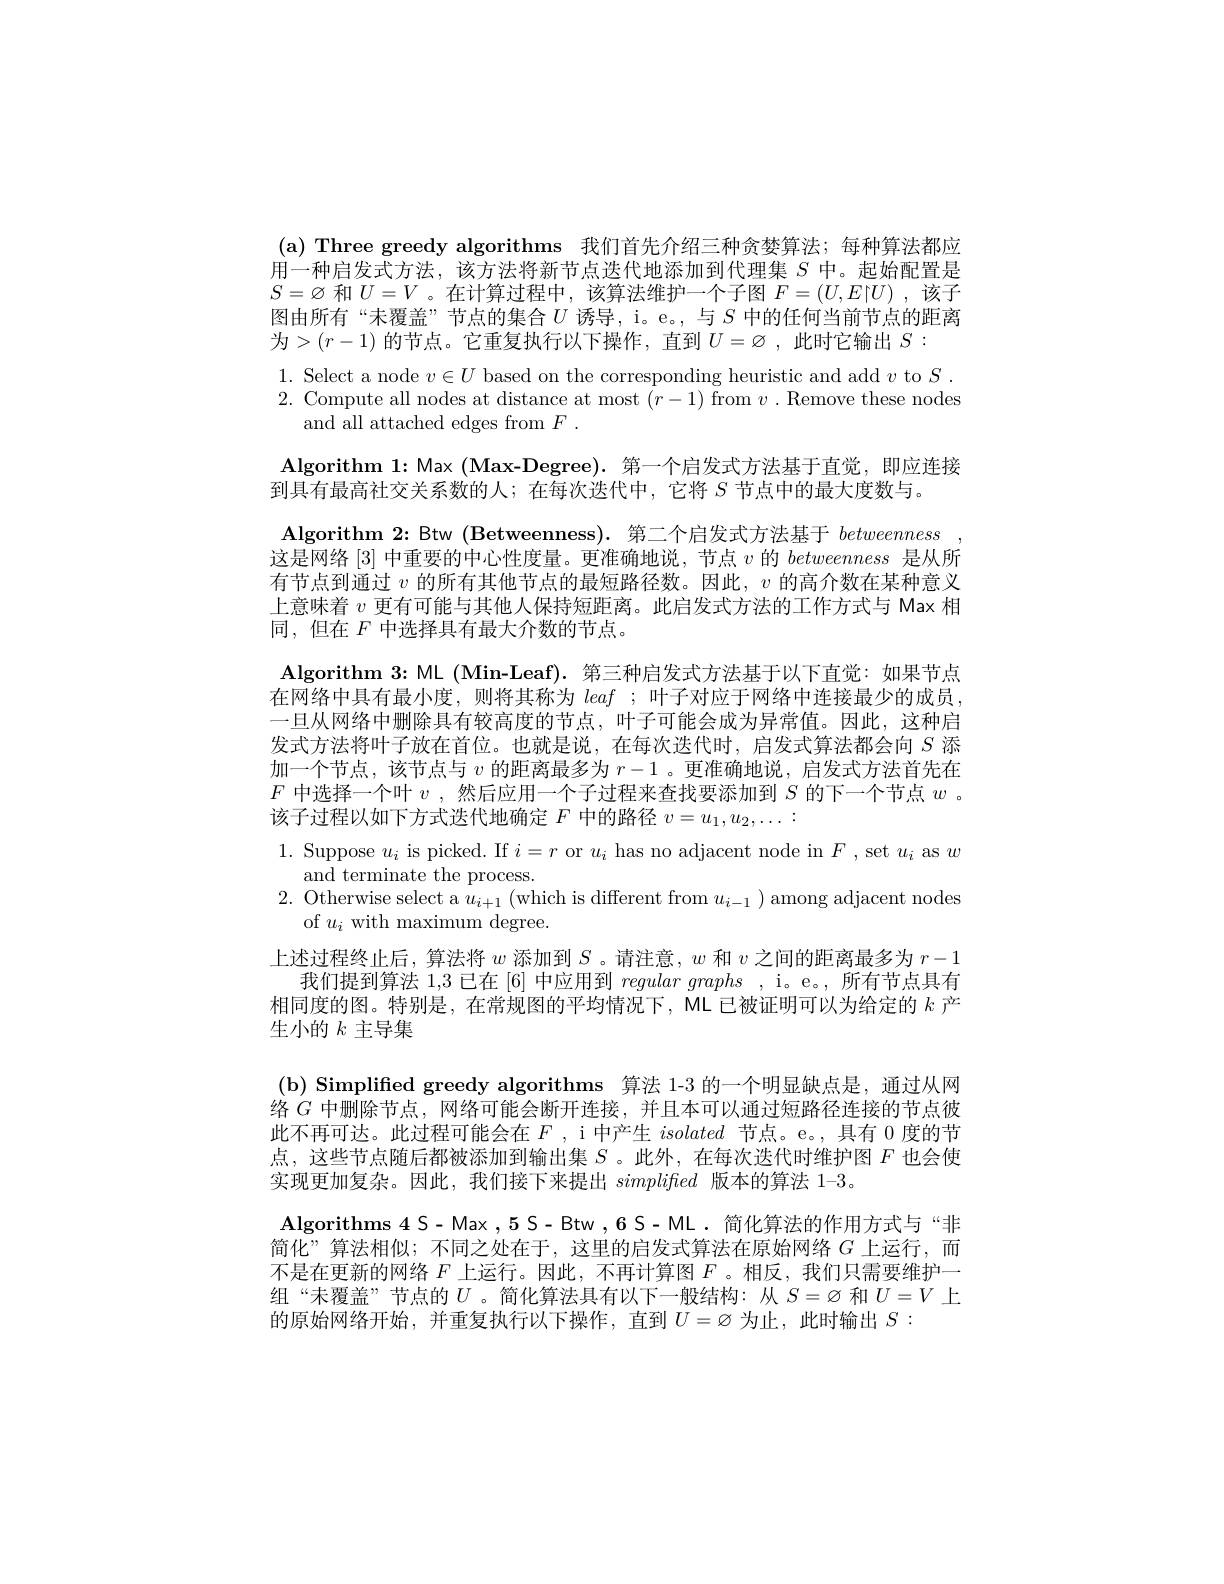
(a)Three greedy algorithms 我们首先介绍三种贪婪算法；每种算法都应用一种启发式方法，该方法将新节点迭代地添加到代理集$S$中。起始配置是$S=\varnothing$和$U=V$ 。在计算过程中，该算法维护一个子图$F=(U,E|U)$ ,该子图由所有“未覆盖”节点的集合$U$诱导，i。e。,与$S$中的任何当前节点的距离为$>(r-1)$的节点。它重复执行以下操作，直到$U=\varnothing$,此时它输出$S:$
$\begin{array}{l}{1.~\mathrm{Select~a~node~}v\in U~\mathrm{based~on~the~corresponding~heuristic~and~add~}v~\mathrm{to~}S.}\\{2.~\mathrm{Compute~all~nodes~at~distance~at~most~}(r-1)~\mathrm{from~}v~.~\mathrm{Remove~these~nodes}}\end{array}$
and all attached edges from $F.$
Algorithm 1: Max (Max-Degree). 第一个启发式方法基于直觉，即应连接
到具有最高社交关系数的人；在每次迭代中，它将$S$节点中的最大度数与。
Algorithm 2: Btw (Betweenness).第二个启发式方法基于betweenness
这是网络[3]中重要的中心性度量。更准确地说，节点$v$的betweenness是从所有节点到通过$v$的所有其他节点的最短路径数。因此，$v$的高介数在某种意义上意味着$v$更有可能与其他人保持短距离。此启发式方法的工作方式与 Max 相同，但在$F$中选择具有最大介数的节点。
Algorithm 3: ML (Min-Leaf). 第三种启发式方法基于以下直觉：如果节点在网络中具有最小度，则将其称为leaf ;叶子对应于网络中连接最少的成员， 一旦从网络中删除具有较高度的节点，叶子可能会成为异常值。因此，这种启发式方法将叶子放在首位。也就是说，在每次迭代时，启发式算法都会向$S$添加一个节点，该节点与$v$的距离最多为$r-1$ 。更准确地说，启发式方法首先在$F$中选择一个叶$v$ ,然后应用一个子过程来查找要添加到$S$的下一个节点$w$ 。该子过程以如下方式迭代地确定$F$中的路径$v=u_1,u_2,\ldots:$
1. Suppose $u_i$ is picked. If $i=r$ or $u_i$ has no adjacent node in $F$,set $u_i$ as $w$
and terminate the process.
2. Otherwise select a $u_i+ 1$( which is different from $u_{i- 1})$ among adjacent nodes
of $u_{i}$ with maximum degree.
上述过程终止后，算法将$w$添加到$S$ 。请注意$,w$和$v$之间的距离最多为$r-1$
我们提到算法 1,3 已在 [6] 中应用到regulargraphs , i。e。, 所有节点具有相同度的图。特别是，在常规图的平均情况下，ML 已被证明可以为给定的$k$产生小的$k$主导集
(b)Simplifed greedy algorithms 算法 1-3 的一个明显缺点是，通过从网络$G$中删除节点，网络可能会断开连接，并且本可以通过短路径连接的节点彼此不再可达。此过程可能会在$F$ , i 中产生isolated节点。e。,具有 0 度的节点，这些节点随后都被添加到输出集$S$ 。此外，在每次迭代时维护图$F$也会使实现更加复杂。因此，我们接下来提出simplifted版本的算法 1-3。
Algorithms 4 S- Max ,5 S- Btw ,6 S- ML. 简化算法的作用方式与“非简化”算法相似；不同之处在于，这里的启发式算法在原始网络$G$ 上运行，而不是在更新的网络$F$上运行。因此，不再计算图$F$ 。相反，我们只需要维护一组“未覆盖”节点的$U$ 。简化算法具有以下一般结构：从$S=\varnothing$和$U=V$上的原始网络开始，并重复执行以下操作，直到$U=\varnothing$为止，此时输出$S:$